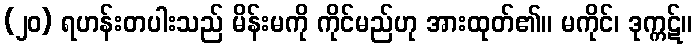
(၂၀) ရဟန်းတပါးသည် မိန်းမကို ကိုင်မည်ဟု အားထုတ်၏။ မကိုင်၊ ဒုက္ကဋ်။